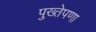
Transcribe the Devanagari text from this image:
पुख्तेपणा